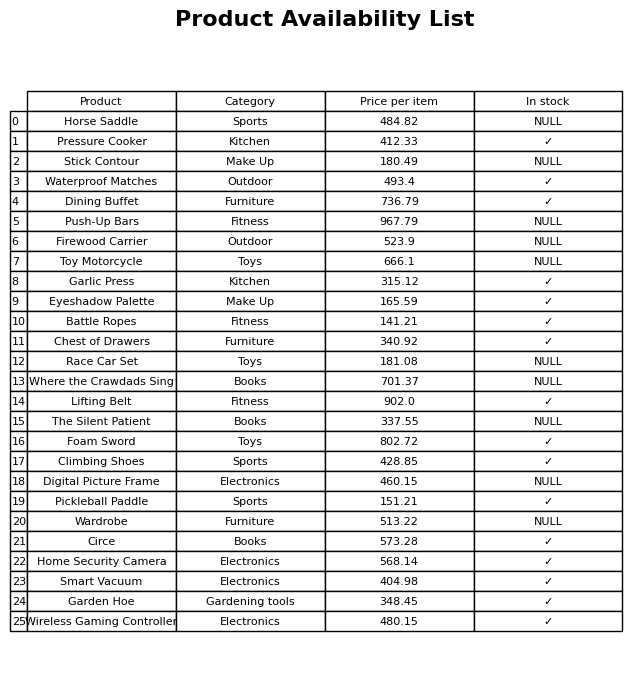
question: Which products are currently out of stock?
answer: Horse Saddle, Stick Contour, Push-Up Bars, Firewood Carrier, Toy Motorcycle, Race Car Set, Where the Crawdads Sing, The Silent Patient, Digital Picture Frame, Wardrobe